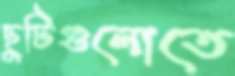
ছুটিগুলোতে